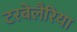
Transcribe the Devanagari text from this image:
टरबेलैरिया